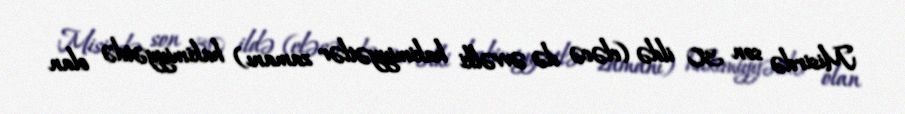
Misirdə son 30 ildə (eləcə də əvvəlki hakimiyyətlər zamanı) hakimiyyətdə olan